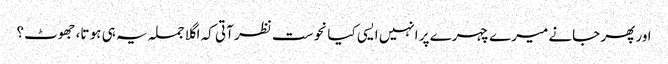
اور پھر جانے میرے چہرے پر انہیں ایسی کیا نحوست نظر آتی کہ اگلا جملہ یہ ہی ہو تا، جھوٹ؟